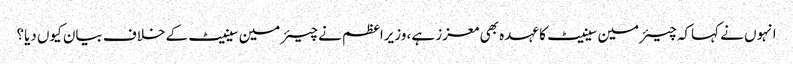
انہوں نے کہاکہ چیئرمین سینیٹ کا عہدہ بھی معزز ہے، وزیراعظم نے چیئرمین سینیٹ کے خلاف بیان کیوں دیا؟